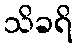
သိခရိ